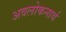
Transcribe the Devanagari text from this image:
अवलोकनार्थ